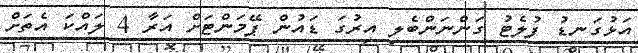
އަޅުގަނޑު ފުލެޓު ގަންނަންބެލި އިރުގަ ޑައުން ޕޭމަންޓަށް އަރާ 4 ލައްކަ އެތަށް